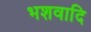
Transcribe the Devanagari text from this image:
भशवादि